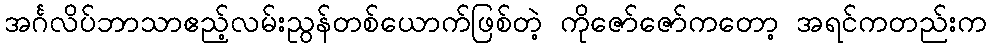
အင်္ဂလိပ်ဘာသာဧည့်လမ်းညွန်တစ်ယောက်ဖြစ်တဲ့ ကိုဇော်ဇော်ကတော့ အရင်ကတည်းက